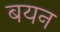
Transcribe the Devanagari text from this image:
बयन